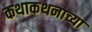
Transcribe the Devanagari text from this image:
कथाकथनाच्या